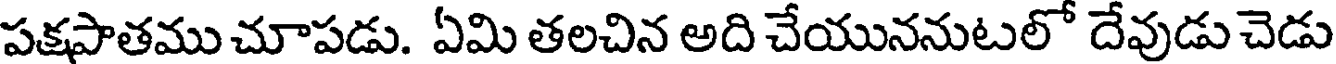
పక్షపాతము చూపడు. ఏమి తలచిన అది చేయుననుటలో దేవుడు చెడు